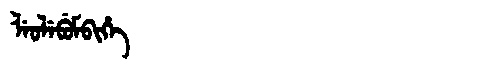
Manchu: ᠯᡝᠣᠯᡝᠪᡠᠮᠪᡳᡥᡝ
Romanization: LEOLEBUMBIHE